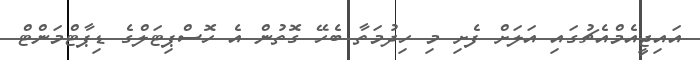
އައިޖީއެމްއެޗުގައި އަލަށް ފެށި މި ހިދުމަތާ ބެހޭ ގޮތުން އެ ހޮސްޕިޓަލްގެ ޑިޕާޓްމަންޓް